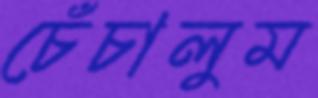
চেঁচালুম